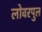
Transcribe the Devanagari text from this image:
लोवरपुल